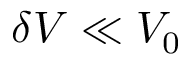
\delta V \ll V _ { 0 }